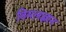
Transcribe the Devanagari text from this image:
विमलज्ञान